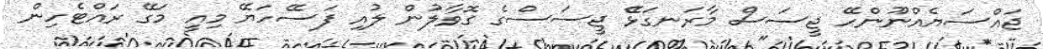
ޖައްސަޔެއްނޫންހޭ ޖީސަސް މާރަނގަޅެޭ ޖީސަސްގެ ގޮވާލުން ލުއި ފަސޭހަޔޭ މިއީ މަގޭ ރައްޓެހިން